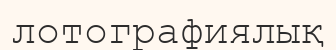
лотографиялық